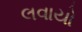
લવાયો